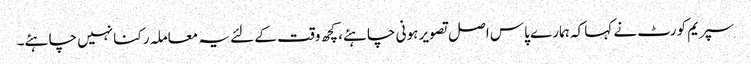
سپریم کورٹ نے کہا کہ ہمارے پاس اصل تصویر ہونی چاہئے، کچھ وقت کے لئے یہ معاملہ رکنا نہیں چاہئے۔